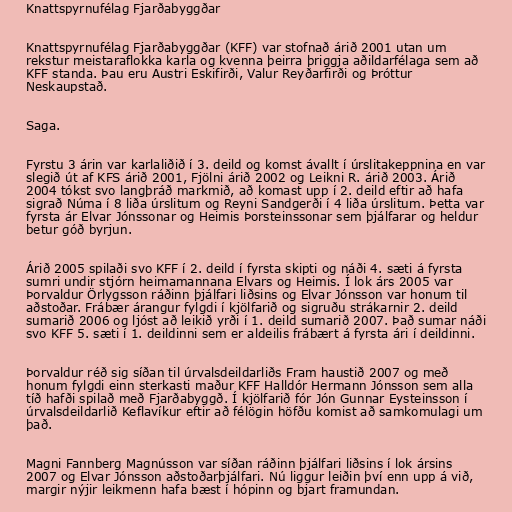
Knattspyrnufélag Fjarðabyggðar

Knattspyrnufélag Fjarðabyggðar (KFF) var stofnað árið 2001 utan um
rekstur meistaraflokka karla og kvenna þeirra þriggja aðildarfélaga sem að
KFF standa. Þau eru Austri Eskifirði, Valur Reyðarfirði og Þróttur
Neskaupstað.

Saga.

Fyrstu 3 árin var karlaliðið í 3. deild og komst ávallt í úrslitakeppnina en var
slegið út af KFS árið 2001, Fjölni árið 2002 og Leikni R. árið 2003. Árið
2004 tókst svo langþráð markmið, að komast upp í 2. deild eftir að hafa
sigrað Núma í 8 liða úrslitum og Reyni Sandgerði í 4 liða úrslitum. Þetta var
fyrsta ár Elvar Jónssonar og Heimis Þorsteinssonar sem þjálfarar og heldur
betur góð byrjun.

Árið 2005 spilaði svo KFF í 2. deild í fyrsta skipti og náði 4. sæti á fyrsta
sumri undir stjórn heimamannana Elvars og Heimis. Í lok árs 2005 var
Þorvaldur Örlygsson ráðinn þjálfari liðsins og Elvar Jónsson var honum til
aðstoðar. Frábær árangur fylgdi í kjölfarið og sigruðu strákarnir 2. deild
sumarið 2006 og ljóst að leikið yrði í 1. deild sumarið 2007. Það sumar náði
svo KFF 5. sæti í 1. deildinni sem er aldeilis frábært á fyrsta ári í deildinni.

Þorvaldur réð sig síðan til úrvalsdeildarliðs Fram haustið 2007 og með
honum fylgdi einn sterkasti maður KFF Halldór Hermann Jónsson sem alla
tíð hafði spilað með Fjarðabyggð. Í kjölfarið fór Jón Gunnar Eysteinsson í
úrvalsdeildarlið Keflavíkur eftir að félögin höfðu komist að samkomulagi um
það.

Magni Fannberg Magnússon var síðan ráðinn þjálfari liðsins í lok ársins
2007 og Elvar Jónsson aðstoðarþjálfari. Nú liggur leiðin því enn upp á við,
margir nýjir leikmenn hafa bæst í hópinn og bjart framundan.